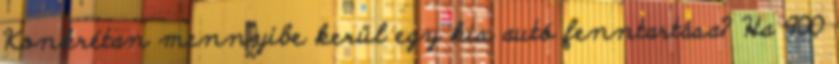
Konkrétan mennyibe kerül egy kis autó fenntartása? Ha 900